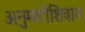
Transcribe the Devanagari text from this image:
अनुमतीशिवाय